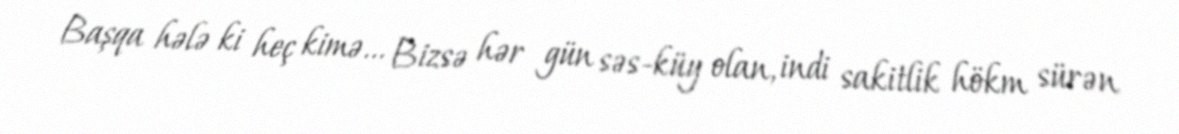
Başqa hələ ki heç kimə... Bizsə hər gün səs-küy olan, indi sakitlik hökm sürən